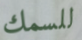
للسمك